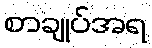
စာချုပ်အရ